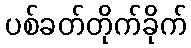
ပစ်ခတ်တိုက်ခိုက်